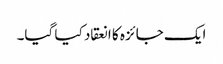
ایک جائزہ کا انعقاد کیا گیا۔